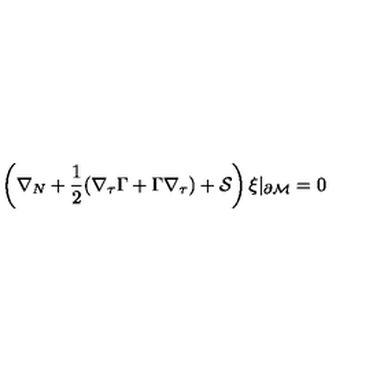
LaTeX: \left( \nabla _ { N } + \frac 1 2 ( \nabla _ { \tau } \Gamma + \Gamma \nabla _ { \tau } ) + { \cal S } \right) \xi \vert _ { \partial { \cal M } } = 0